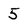
Character: 5